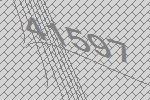
41597